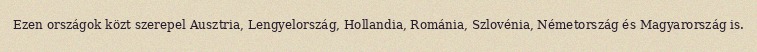
Ezen országok közt szerepel Ausztria, Lengyelország, Hollandia, Románia, Szlovénia, Németország és Magyarország is.